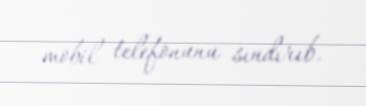
mobil telefonunu sındırıb.